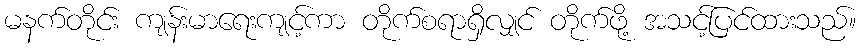
မနက်တိုင်း ကျန်းမာရေးကျင့်ကာ တိုက်စရာရှိလျှင် တိုက်ဖို့ အသင့်ပြင်ထားသည်။